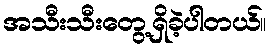
အသီးသီးတွေ့ရှိခဲ့ပါတယ်။